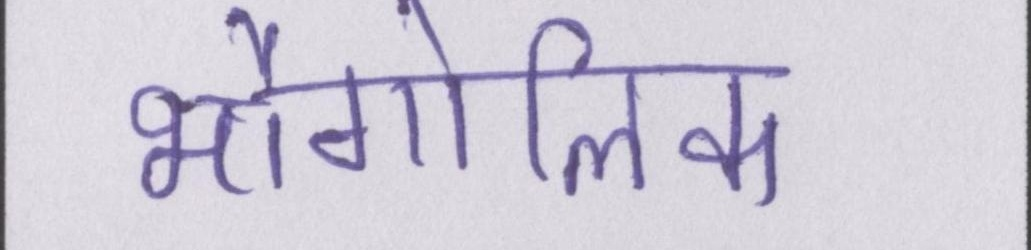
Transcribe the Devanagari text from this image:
भौगोलिक